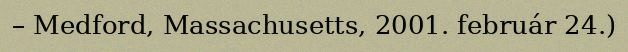
– Medford, Massachusetts, 2001. február 24.)